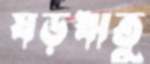
ষড়ঋতু